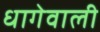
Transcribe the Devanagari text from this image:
धागेवाली